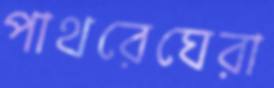
পাথরেঘেরা